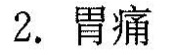
2.胃痛